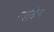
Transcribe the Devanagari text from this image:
ना॑देड